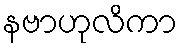
နဗာဟုလိကာ